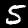
Label: 5